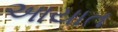
અાયાત